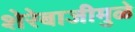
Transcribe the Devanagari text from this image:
शेरेबाजीमुळे